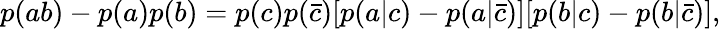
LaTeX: \begin{array}{r}{p(ab)-p(a)p(b)=p(c)p(\bar{c})[p(a|c)-p(a|\bar{c})][p(b|c)-p(b|\bar{c})],}\end{array}